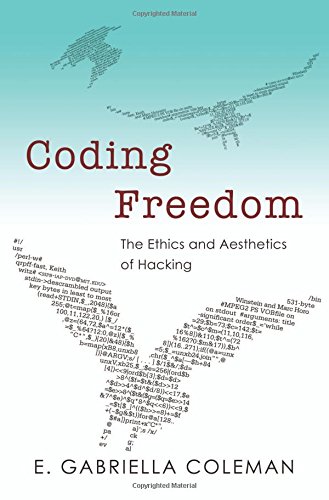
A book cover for Coding Freedom: The Ethics and Aesthetics of Hacking; E. Gabriella Coleman; Computers & Technology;